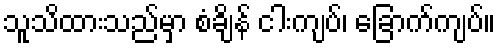
သူသိထားသည်မှာ စံချိန် ငါးကျပ်၊ ခြောက်ကျပ်။